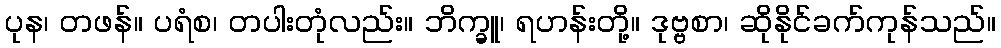
ပုန၊ တဖန်။ ပရံစ၊ တပါးတုံလည်း။ ဘိက္ခူ၊ ရဟန်းတို့။ ဒုဗ္ဗစာ၊ ဆိုနိုင်ခက်ကုန်သည်။